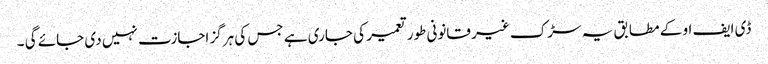
ڈی ایف او کے مطابق یہ سڑک غیر قانونی طور تعمیر کی جاری ہے جس کی ہرگز اجازت نہیں دی جائے گی ۔